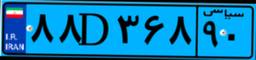
۸۸D۳۶۸۹۰